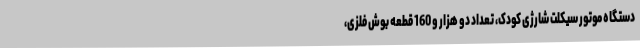
دستگاه موتور سیکلت شارژی کودک، تعداد دو هزار و 160 قطعه بوش فلزی،